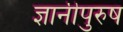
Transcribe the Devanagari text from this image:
ज्ञानीपुरुष